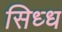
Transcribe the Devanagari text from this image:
सिध्ध